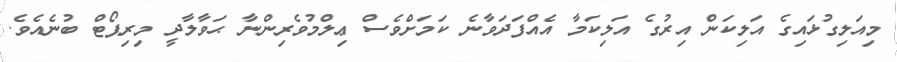
މިއަލިގުޅައިގެ އަލިކަން އިރުގެ އަލިކަމާ އެއްފަދަވާނެ ކަމަށްވެސް ޢިލްމުވެރިންނާ ޙަވާލާދީ މިރިޕޯޓް ބުނެއެވެ.